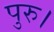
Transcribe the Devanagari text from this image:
पुरु।